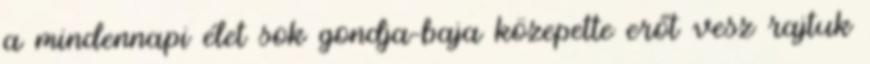
a mindennapi élet sok gondja-baja közepette erőt vesz rajtuk